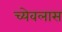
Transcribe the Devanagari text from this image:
च्येवलास